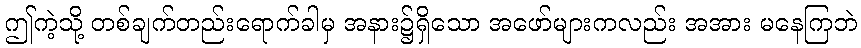
ဤကဲ့သို့ တစ်ချက်တည်းရောက်ခါမှ အနား၌ရှိသော အဖော်များကလည်း အအား မနေကြဘဲ